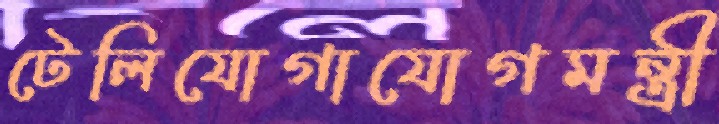
টেলিযোগাযোগমন্ত্রী